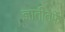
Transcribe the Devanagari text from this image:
ज्ञातीतर्फे